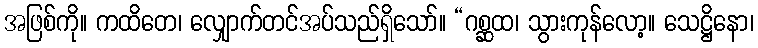
အဖြစ်ကို။ ကထိတေ၊ လျှောက်တင်အပ်သည်ရှိသော်။ “ဂစ္ဆထ၊ သွားကုန်လော့။ သေဋ္ဌိနော၊